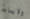
ولايات